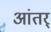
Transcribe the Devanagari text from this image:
आंतर्